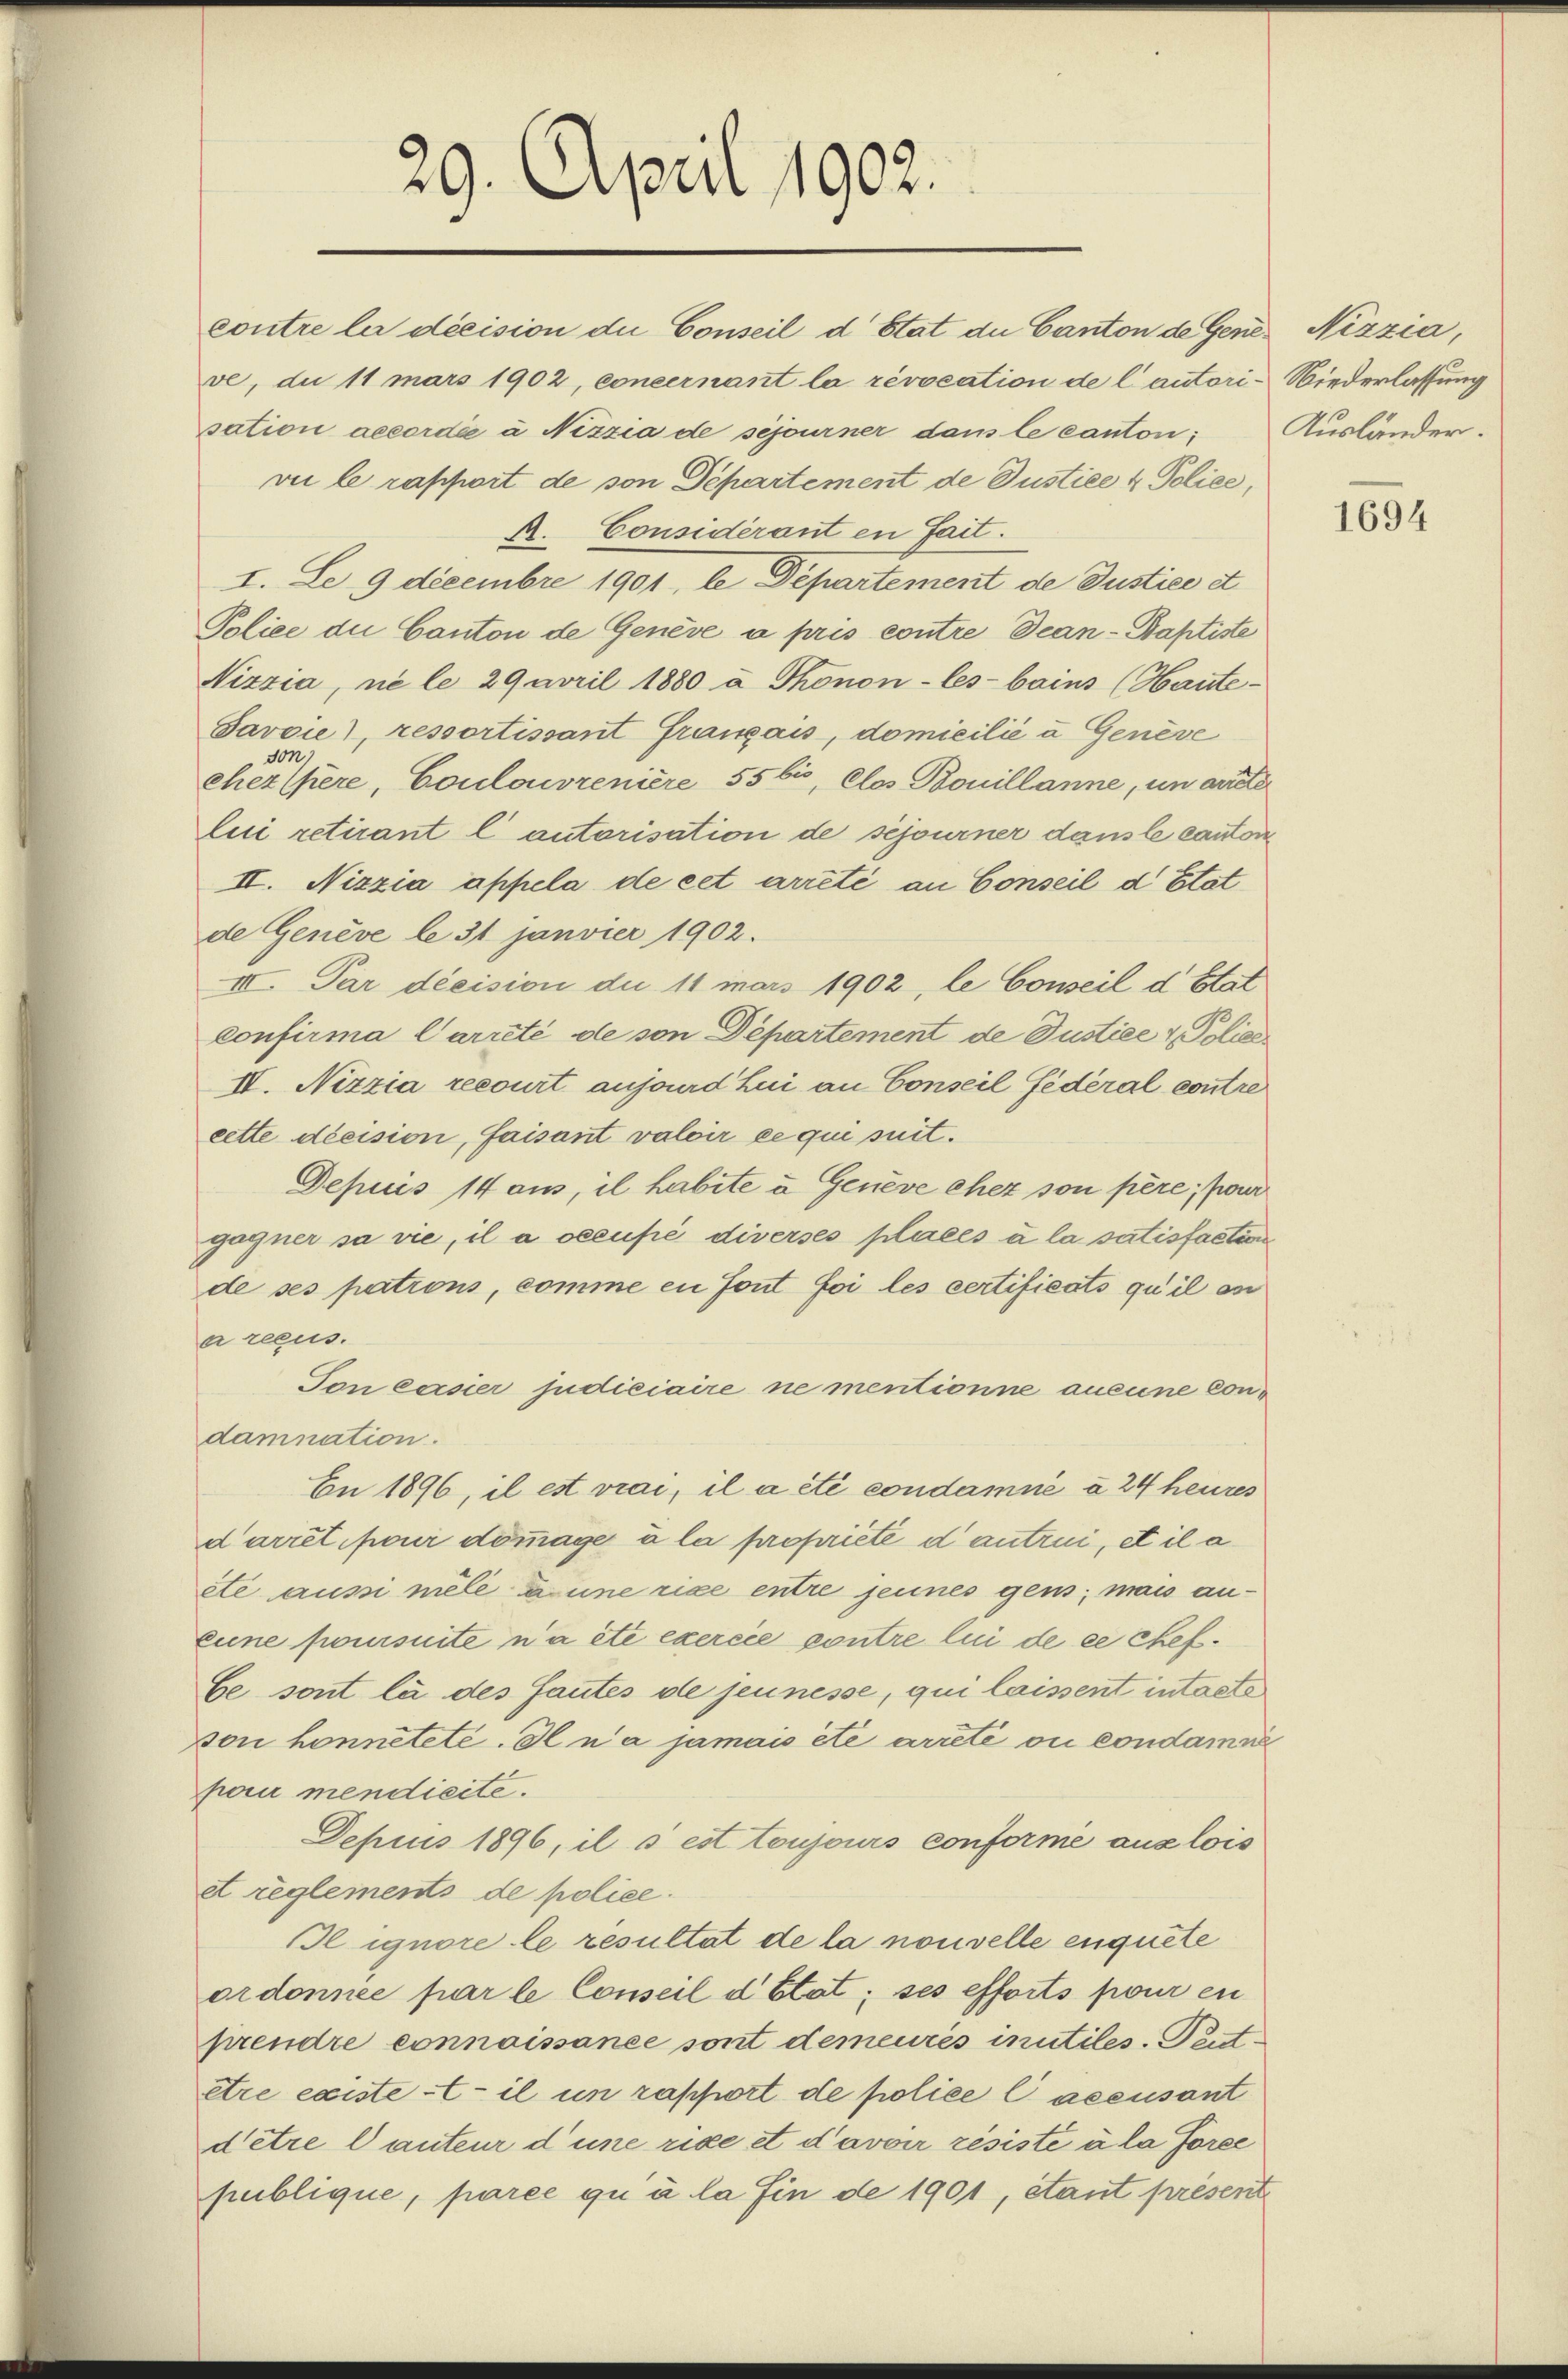
29. April 1902.

contre la décision die Conseil d’Etat du Canton de Gener Nizzia,
ve, du 11 mars 1902, concernant la révocation de lautori-Niederlassung
sation accordée à Nizzia de séjourner dans le canton;
vii le rapport de von Departement de Justice & Police,
R. Considérant en fait.
I. Le 9 decembre 1901, le Departement de Justice et
Police die Canton de Genève à pris contre can-Baptiste
Niszia, ne le 29 April 1880 à Thonon-Ces-bains (Haute-
Javoie), ressortissant Franzais, domicilié u Genève
von
cher (père, Coulouvreniere 55 bis, Clos Bouillanne, in arrete
lui retirant lautorisation de séjourner danste canton
II. Nizzia appela de cet arreté au Conseil d’Etat
de Genève le 31 Janvier 1902.
IV. Par décision du 11 mars 1902, le Conseil d Etat
confirma Carreté de son Departement de Justice & Police
IV. Nizzia recourt anjoad hui an Conseil Federal contre
cette diecision, faisant valoir ce qui seit¬
Depuis 14 aus, il habite u Genève chez son père, pour
gagner sa vie, il a occupé diverses placés à la satisfaction
de ses pations, comme en font foi les certificats qu’il an
a reçus.
Ton cersier judiciaire nementionne aucune condamnation.
En 1896, il est viai, il a été condamné à 24 heures
darret pour dommage à la propriete d’autrui, et il a
ete aussi mele anne rice entre jennes gens; mais an¬
Eune poursuite n’a été exercée contre lui de ce chef.
be sont la des Sautes de jeunesse, qui laissent intaste
von honnetete. Il n’a jamais ête arreté ou condamne
peri mendieite.
Depuis 1896, il s est toujours conformé aux lois
et reglements de police.
Il ignore le resultat de la nouvelle enquete
ordonnée par le Conseil d Etat; ses efforts pour en
prendre connaissance sont demeurés inutiles. Peitêtre existet il in rappirt de police Cacensant
d’être lauteur d’une rice et d’avoir résisté à la force
publique, parée qu’à la fin de 1901, étant présent

Ausländer.

1694